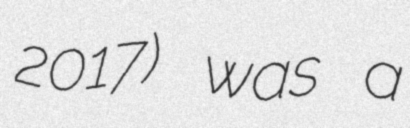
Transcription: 2017) was a